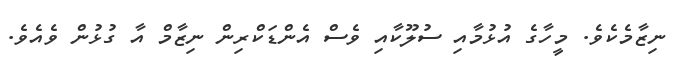
ނިޒާމެކެވެ. މީހާގެ އުޅުމާއި ސުލޫކާއި ވެސް އެންޑަކްރިން ނިޒާމް އާ ގުޅުން ވެއެވެ.